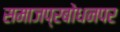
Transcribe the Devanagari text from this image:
समाजप्रबोधनपर